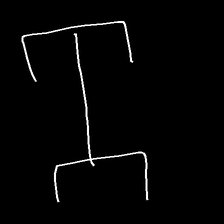
Glyph: entwine